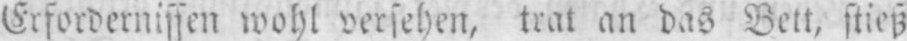
Erfordernissen wohl versehen, trat an das Bett, stieß